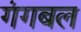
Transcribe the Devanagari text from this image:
गंगबल